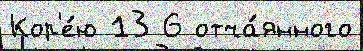
Кор'е́ю 13 6 отча́янного